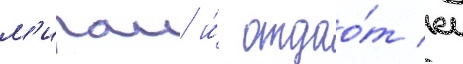
м'ираи и́ отдао́т еи